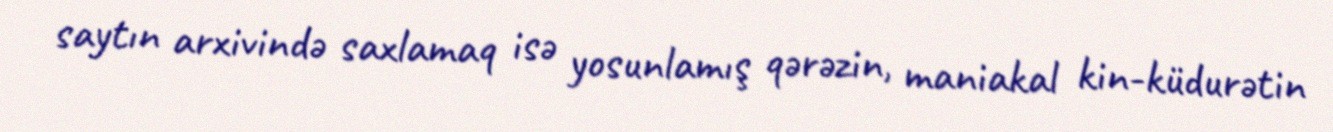
saytın arxivində saxlamaq isə yosunlamış qərəzin, maniakal kin-küdurətin